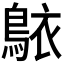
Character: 𬷐